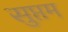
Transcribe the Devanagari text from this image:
सुप्तम